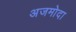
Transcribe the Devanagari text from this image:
अजमोदा